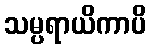
သမ္ပရာယိကာပိ